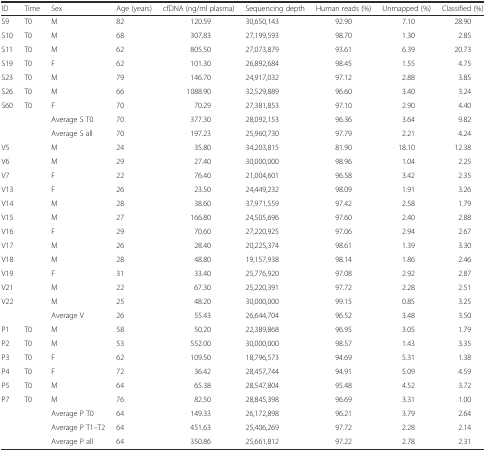
<table><thead><tr><td><b>ID</b></td><td><b>Time</b></td><td><b>Sex</b></td><td><b>Age (years)</b></td><td><b>cfDNA (ng/ml plasma)</b></td><td><b>Sequencing depth</b></td><td><b>Human reads (%)</b></td><td><b>Unmapped (%)</b></td><td><b>Classified (%)</b></td></tr></thead><tbody><tr><td>S9</td><td>T0</td><td>M</td><td>82</td><td>120.59</td><td>30,650,143</td><td>92.90</td><td>7.10</td><td>28.90</td></tr><tr><td>S10</td><td>T0</td><td>M</td><td>68</td><td>307.83</td><td>27,199,593</td><td>98.70</td><td>1.30</td><td>2.85</td></tr><tr><td>S11</td><td>T0</td><td>M</td><td>62</td><td>805.50</td><td>27,073,879</td><td>93.61</td><td>6.39</td><td>20.73</td></tr><tr><td>S19</td><td>T0</td><td>F</td><td>62</td><td>101.30</td><td>26,892,684</td><td>98.45</td><td>1.55</td><td>4.75</td></tr><tr><td>S23</td><td>T0</td><td>M</td><td>79</td><td>146.70</td><td>24,917,032</td><td>97.12</td><td>2.88</td><td>3.85</td></tr><tr><td>S26</td><td>T0</td><td>M</td><td>66</td><td>1088.90</td><td>32,529,889</td><td>96.60</td><td>3.40</td><td>3.24</td></tr><tr><td>S60</td><td>T0</td><td>F</td><td>70</td><td>70.29</td><td>27,381,853</td><td>97.10</td><td>2.90</td><td>4.40</td></tr><tr><td></td><td></td><td>Average S T0</td><td>70</td><td>377.30</td><td>28,092,153</td><td>96.36</td><td>3.64</td><td>9.82</td></tr><tr><td></td><td></td><td>Average S all</td><td>70</td><td>197.23</td><td>25,960,730</td><td>97.79</td><td>2.21</td><td>4.24</td></tr><tr><td>V5</td><td></td><td>M</td><td>24</td><td>35.80</td><td>34,203,815</td><td>81.90</td><td>18.10</td><td>12.38</td></tr><tr><td>V6</td><td></td><td>M</td><td>29</td><td>27.40</td><td>30,000,000</td><td>98.96</td><td>1.04</td><td>2.25</td></tr><tr><td>V7</td><td></td><td>F</td><td>22</td><td>76.40</td><td>21,004,601</td><td>96.58</td><td>3.42</td><td>2.35</td></tr><tr><td>V13</td><td></td><td>F</td><td>26</td><td>23.50</td><td>24,449,232</td><td>98.09</td><td>1.91</td><td>3.26</td></tr><tr><td>V14</td><td></td><td>M</td><td>28</td><td>38.60</td><td>37,971,559</td><td>97.42</td><td>2.58</td><td>1.79</td></tr><tr><td>V15</td><td></td><td>M</td><td>27</td><td>166.80</td><td>24,505,696</td><td>97.60</td><td>2.40</td><td>2.88</td></tr><tr><td>V16</td><td></td><td>F</td><td>29</td><td>70.60</td><td>27,220,925</td><td>97.06</td><td>2.94</td><td>2.67</td></tr><tr><td>V17</td><td></td><td>M</td><td>26</td><td>28.40</td><td>20,225,374</td><td>98.61</td><td>1.39</td><td>3.30</td></tr><tr><td>V18</td><td></td><td>M</td><td>28</td><td>48.80</td><td>19,157,938</td><td>98.14</td><td>1.86</td><td>2.46</td></tr><tr><td>V19</td><td></td><td>F</td><td>31</td><td>33.40</td><td>25,776,920</td><td>97.08</td><td>2.92</td><td>2.87</td></tr><tr><td>V21</td><td></td><td>M</td><td>22</td><td>67.30</td><td>25,220,391</td><td>97.72</td><td>2.28</td><td>2.51</td></tr><tr><td>V22</td><td></td><td>M</td><td>25</td><td>48.20</td><td>30,000,000</td><td>99.15</td><td>0.85</td><td>3.25</td></tr><tr><td></td><td></td><td>Average V</td><td>26</td><td>55.43</td><td>26,644,704</td><td>96.52</td><td>3.48</td><td>3.50</td></tr><tr><td>P1</td><td>T0</td><td>M</td><td>58</td><td>50.20</td><td>22,389,868</td><td>96.95</td><td>3.05</td><td>1.79</td></tr><tr><td>P2</td><td>T0</td><td>M</td><td>53</td><td>552.00</td><td>30,000,000</td><td>98.57</td><td>1.43</td><td>3.35</td></tr><tr><td>P3</td><td>T0</td><td>F</td><td>62</td><td>109.50</td><td>18,796,573</td><td>94.69</td><td>5.31</td><td>1.38</td></tr><tr><td>P4</td><td>T0</td><td>F</td><td>72</td><td>36.42</td><td>28,457,744</td><td>94.91</td><td>5.09</td><td>4.59</td></tr><tr><td>P5</td><td>T0</td><td>M</td><td>64</td><td>65.38</td><td>28,547,804</td><td>95.48</td><td>4.52</td><td>3.72</td></tr><tr><td>P7</td><td>T0</td><td>M</td><td>76</td><td>82.50</td><td>28,845,398</td><td>96.69</td><td>3.31</td><td>1.00</td></tr><tr><td></td><td></td><td>Average P T0</td><td>64</td><td>149.33</td><td>26,172,898</td><td>96.21</td><td>3.79</td><td>2.64</td></tr><tr><td></td><td></td><td>Average P T1–T2</td><td>64</td><td>451.63</td><td>25,406,269</td><td>97.72</td><td>2.28</td><td>2.14</td></tr><tr><td></td><td></td><td>Average P all</td><td>64</td><td>350.86</td><td>25,661,812</td><td>97.22</td><td>2.78</td><td>2.31</td></tr></tbody></table>